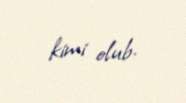
kimi olub.